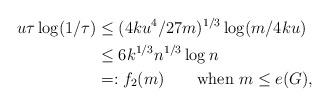
LaTeX: \begin{align*} u \tau \log(1/\tau) &\le (4ku^4/27m)^{1/3} \log( m/4ku ) \\ &\le 6k^{1/3} n^{1/3} \log n \\ &=: f_2(m) \qquad\mbox{when $m \le e(G)$}, \end{align*}